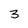
Character: 3